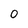
Character: O